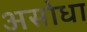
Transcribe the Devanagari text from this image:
असोधा